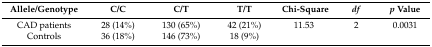
<table><thead><tr><td><b>Allele/Genotype</b></td><td><b>C/C</b></td><td><b>C/T</b></td><td><b>T/T</b></td><td><b>Chi-Square</b></td><td><b><i>df</i></b></td><td><b><i>p</i> Value</b></td></tr></thead><tbody><tr><td>CAD patients</td><td>28 (14%)</td><td>130 (65%)</td><td>42 (21%)</td><td>11.53</td><td>2</td><td>0.0031</td></tr><tr><td>Controls</td><td>36 (18%)</td><td>146 (73%)</td><td>18 (9%)</td><td></td><td></td><td></td></tr></tbody></table>